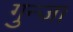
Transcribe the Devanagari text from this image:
गुन्जा